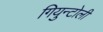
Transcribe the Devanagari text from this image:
गियुन्टोली